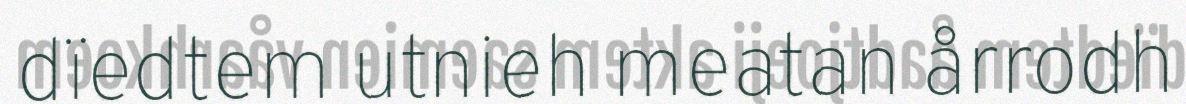
dïedtem utnieh meatan årrodh